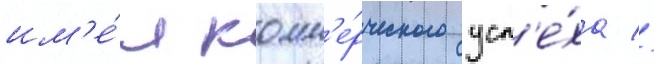
им'е́л комм'е́рческого усп'е́ха //